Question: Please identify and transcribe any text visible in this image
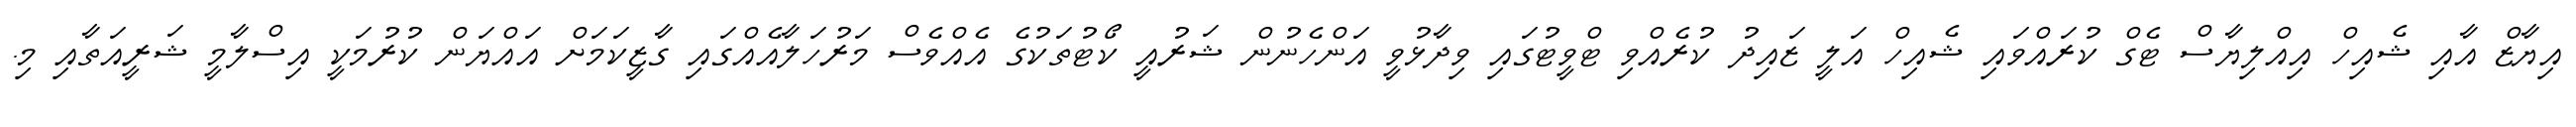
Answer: އިޔާޒް އާއި ޝެއިހް އިއްލިޔާސް ޓެގް ކުރައްވައި ޝެއިހް އަލީ ޒައިދު ކުރެއްވި ޓްވީޓުގައި ވިދާޅުވީ އަންހެނުން ޝަރުއީ ކޯޓުތަކުގެ އެއްވެސް މަރުހަލާއެއްގައި ގާޒީކަމަށް އައްޔަން ކުރުމަކީ އިސްލާމީ ޝަރީއަތާއި މި.